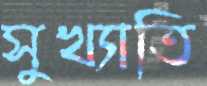
সুখ্যাতি